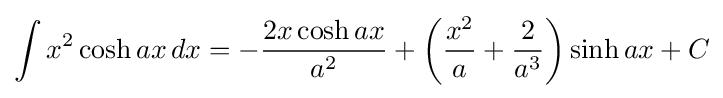
\int x^{2}\cosh ax\,dx=-{\frac {2x\cosh ax}{a^{2}}}+\left({\frac {x^{2}}{a}}+{\frac {2}{a^{3}}}\right)\sinh ax+C